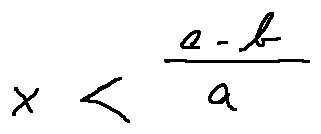
x < \frac { c - b } { a }